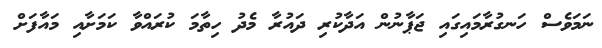
ނަމަވެސް ހަނގުރާމައިގައި ޖަޕާނުން އަދާކުރި ދައުރާ މެދު ހިތާމަ ކުރައްވާ ކަމަށާއި މައާފަށް